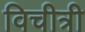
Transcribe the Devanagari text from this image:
विचीत्री